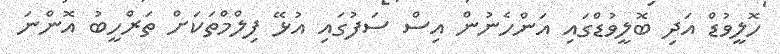
ހޮލީވުޑް އަދި ބޮލީވުޑްގައިި އަންހެނުން އިސް ސަފުގައި އުޅޭ ފިލްމްތަކަށް ތަރްހީބު އޮންނަ